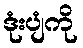
ဒုံးပျံကို